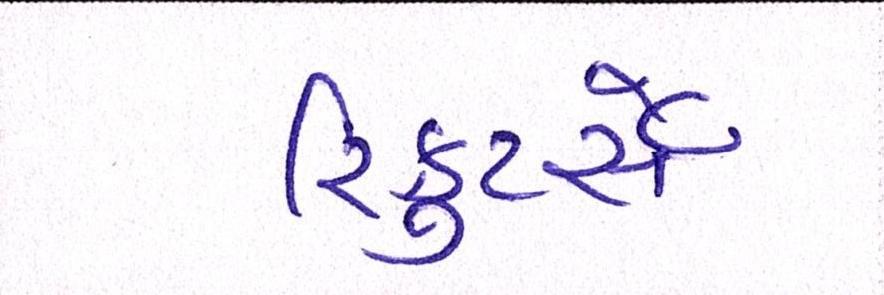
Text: રિક્રુટર્સે